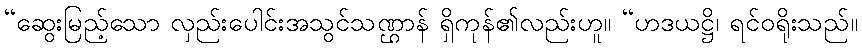
“ဆွေးမြည့်သော လှည်းပေါင်းအသွင်သဏ္ဌာန် ရှိကုန်၏လည်းဟူ။ “ဟဒယဋ္ဌိ၊ ရင်ဝရိုးသည်။